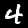
Label: 4